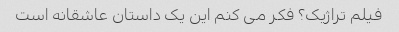
فیلم تراژیک؟ فکر می کنم این یک داستان عاشقانه است